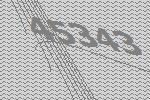
45343